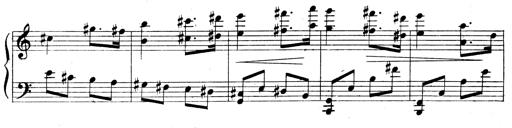
Title: 3 Sonatinas for Piano
Composer: Vissarion Shebalin